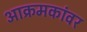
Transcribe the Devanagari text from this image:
आक्रमकांवर